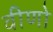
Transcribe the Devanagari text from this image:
वीणो